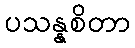
ပသန္နစိတာ